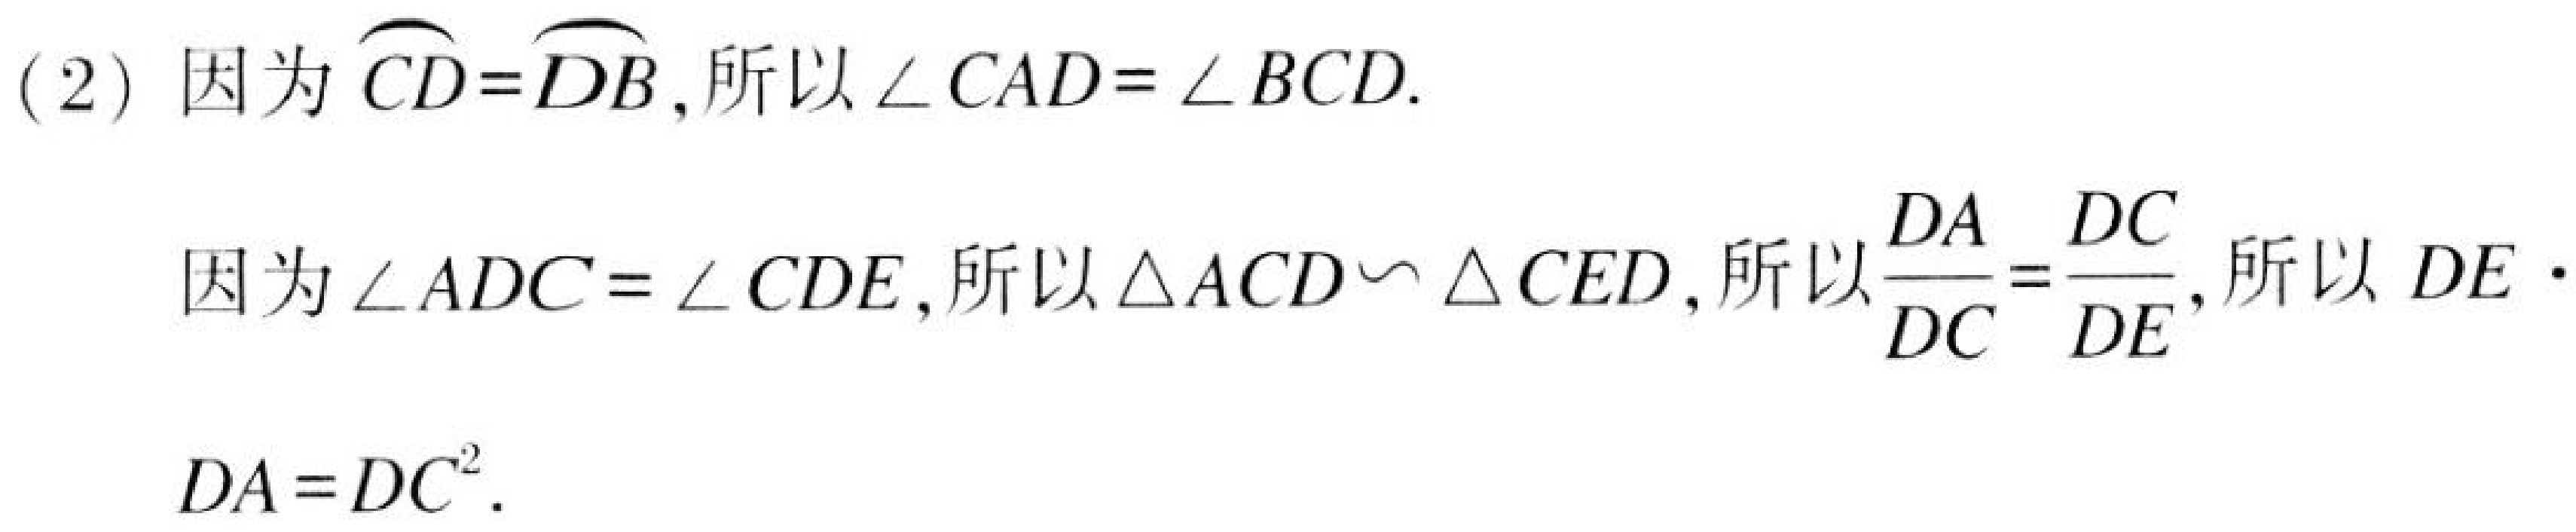
(2) 因为\(\overset{\frown}{CD}=\overset{\frown}{DB}\)，所以\(\angle CAD = \angle BCD\).

因为\(\angle ADC=\angle CDE\)，所以\(\triangle ACD\backsim\triangle CED\)，所以\(\frac{DA}{DC}=\frac{DC}{DE}\)，所以\(DE\cdot DA = DC^{2}\).